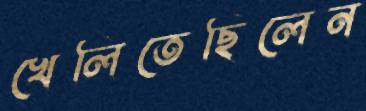
খেলিতেছিলেন